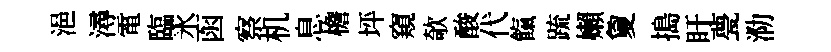
浥潯電臨氷函察机息檐坪窺欹酸代餼䟽嬾夐搗盱甍泐